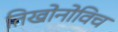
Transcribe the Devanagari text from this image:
तिखोनोविच